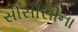
સીસીસીના